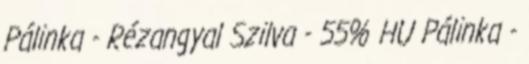
Pálinka - Rézangyal Szilva - 55% HU Pálinka -